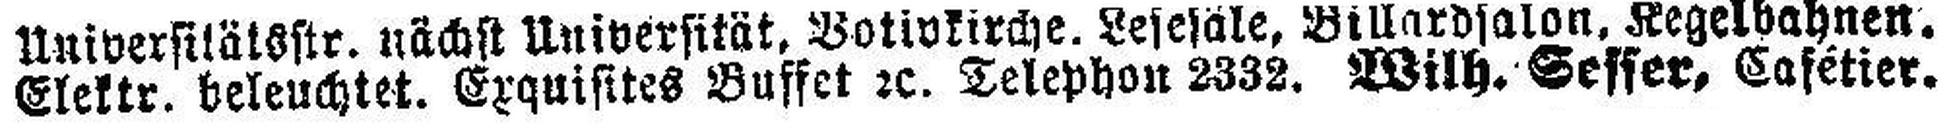
Elektr. beleuchtet. Exquisites Buffet 2c. Telephon 2332. Wilh. Sesser, Cafétier.